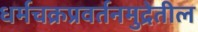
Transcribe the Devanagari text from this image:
धर्मचक्रप्रवर्तनमुद्रेतील